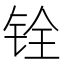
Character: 铨